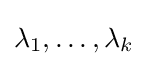
\lambda _{1},\dots ,\lambda _{k}